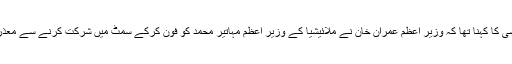
شاہ محمود قریشی کا کہنا تھا کہ وزیر اعظم عمران خان نے ملائیشیا کے وزیر اعظم مہاتیر محمد کو فون کرکے سمٹ میں شرکت کرنے سے معذرت کر لی تھی۔